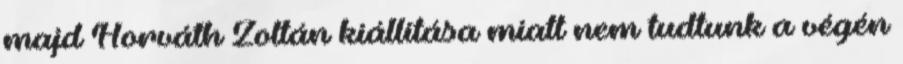
majd Horváth Zoltán kiállítása miatt nem tudtunk a végén